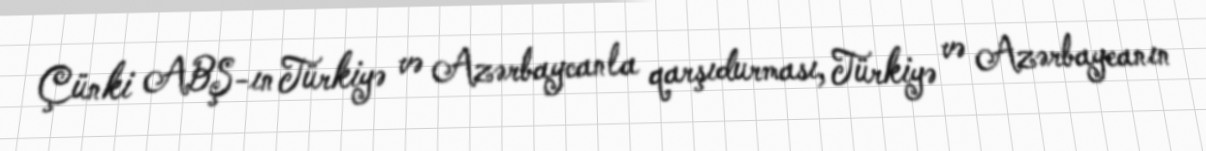
Çünki ABŞ-ın Türkiyə və Azərbaycanla qarşıdurması, Türkiyə və Azərbaycanın